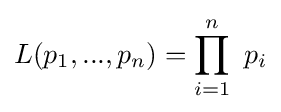
L(p_{1},...,p_{n})=\prod _{i=1}^{n}\ p_{i}